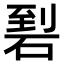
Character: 𥓬